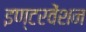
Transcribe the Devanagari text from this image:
इण्टरवेंशन